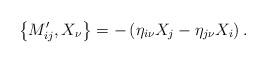
LaTeX: \begin{align*}\left\{ M_{ij}^{\prime },X_\nu \right\} =-\left( \eta _{i\nu }X_j-\eta_{j\nu }X_i\right) .\end{align*}